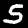
Label: 5